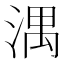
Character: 湡